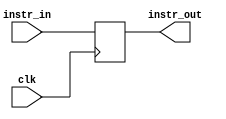
module IF_ID(
    //Output
    output reg [31:0]instr_out,
    //Inputs
    input [31:0]instr_in,
    input clk
);

reg [31:0]instr_reg;

always @(posedge clk) begin
    instr_reg <= instr_in;
end

assign instr_out = instr_reg;

endmodule